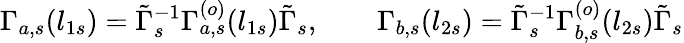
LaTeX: \Gamma_{a,s}(l_{1s})=\tilde{\Gamma}_{s}^{-1}\Gamma_{a,s}^{(o)}(l_{1s})\tilde{\Gamma}_{s},\qquad\Gamma_{b,s}(l_{2s})=\tilde{\Gamma}_{s}^{-1}\Gamma_{b,s}^{(o)}(l_{2s})\tilde{\Gamma}_{s}